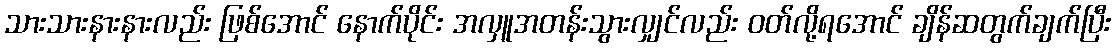
သားသားနားနားလည်း ဖြစ်အောင် နောက်ပိုင်း အလှူအတန်းသွားလျှင်လည်း ဝတ်လို့ရအောင် ချိန်ဆတွက်ချက်ပြီး